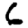
Digit: 6